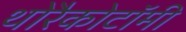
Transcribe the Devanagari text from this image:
थोरैकोटॉमी